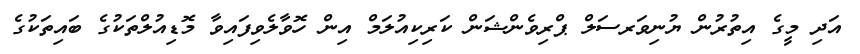
އަދި މީގެ އިތުރުން ޔުނިވަރސަލް ޕްރިވެންޝަން ކަރިކިއުލަމް އިން ހޮވާލެވިފައިވާ މޮޑިއުލްތަކުގެ ބައިތަކުގެ